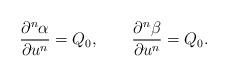
LaTeX: \begin{align*} \frac{\partial^n\alpha}{\partial u^n}=Q_0,\qquad\frac{\partial^n\beta}{\partial u^n}=Q_0.\end{align*}